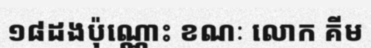
១៨ដងប៉ុណ្ណោះ ខណៈ លោក គីម